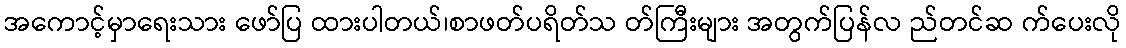
အကောင့်မှာရေးသား ဖော်ပြ ထားပါတယ်၊စာဖတ်ပရိတ်သ တ်ကြီးများ အတွက်ပြန်လ ည်တင်ဆ က်ပေးလို